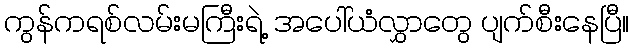
ကွန်ကရစ်လမ်းမကြီးရဲ့ အပေါ်ယံလွှာတွေ ပျက်စီးနေပြီ။